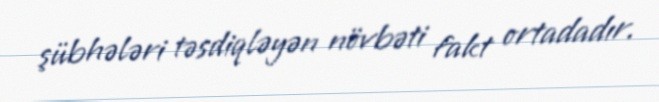
şübhələri təsdiqləyən növbəti fakt ortadadır.